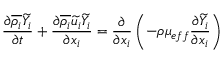
\frac { \partial \overline { { \rho _ { i } } } \widetilde { Y _ { i } } } { \partial t } + \frac { \partial \overline { { \rho _ { i } } } \widetilde { u _ { i } } \widetilde { Y _ { i } } } { \partial x _ { i } } = \frac { \partial } { \partial { x _ { i } } } \left( - \rho \mu _ { e f f } \frac { \partial \widetilde { Y _ { i } } } { \partial { x _ { i } } } \right)